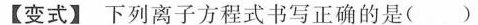
【变式】下列离子方程式书写正确的是( )